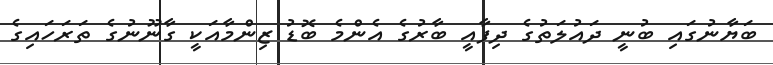
ބަޔާނުގައި ބުނީ ދައުލަތުގެ ދިފާއީ ބާރުގެ އެންމެ ބޮޑު ޒިންމާއަކީ ގާނޫނުގެ ތަރަހައިގެ